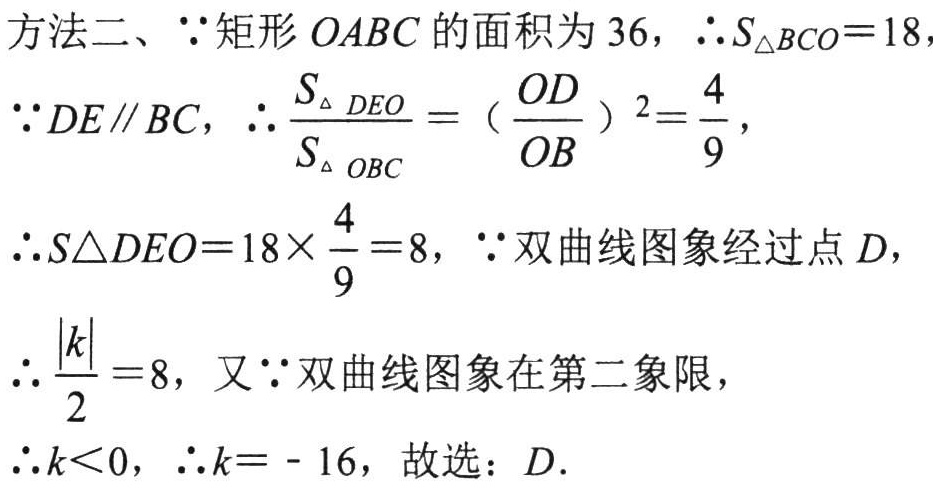
方法二、\(\because\)矩形\(OABC\)的面积为\(36\)，\(\therefore S_{\triangle BCO}=18\)
\(\because DE\parallel BC\)，\(\therefore \frac{S_{\triangle DEO}}{S_{\triangle OBC}} = (\frac{OD}{OB})^{2}=\frac{4}{9}\)，
\(\therefore S_{\triangle DEO}=18\times\frac{4}{9}=8\)，\(\because\)双曲线图象经过点\(D\)，
\(\therefore \frac{\vert k\vert}{2}=8\)，又\(\because\)双曲线图象在第二象限，
\(\therefore k<0\)，\(\therefore k = - 16\)，故选：\(D\).